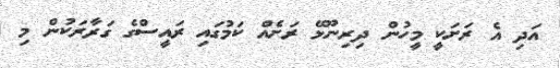
އަދި އެ ރަށަކީ މީހުން ދިރިނޫޅޭ ރަށެއް ކަމުގައި ރައީސްގެ ގަރާރަކުން މި